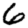
Digit: 6